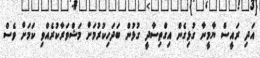
އަދި ރައީސް ޔާމީނާ ގުޅިގެން އިގްތިސާދީ ގުޅުން ބަދަހިކުރުމަށް މަޝްވަރާކުރެއްވި ކަމަށް ވެސް